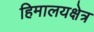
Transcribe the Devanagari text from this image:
हिमालयक्षेत्र